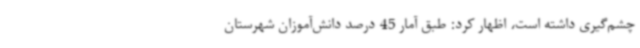
چشم‌گیری داشته است، اظهار کرد: طبق آمار 45 درصد دانش‌آموزان شهرستان